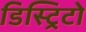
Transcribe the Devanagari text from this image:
डिस्ट्रिटो